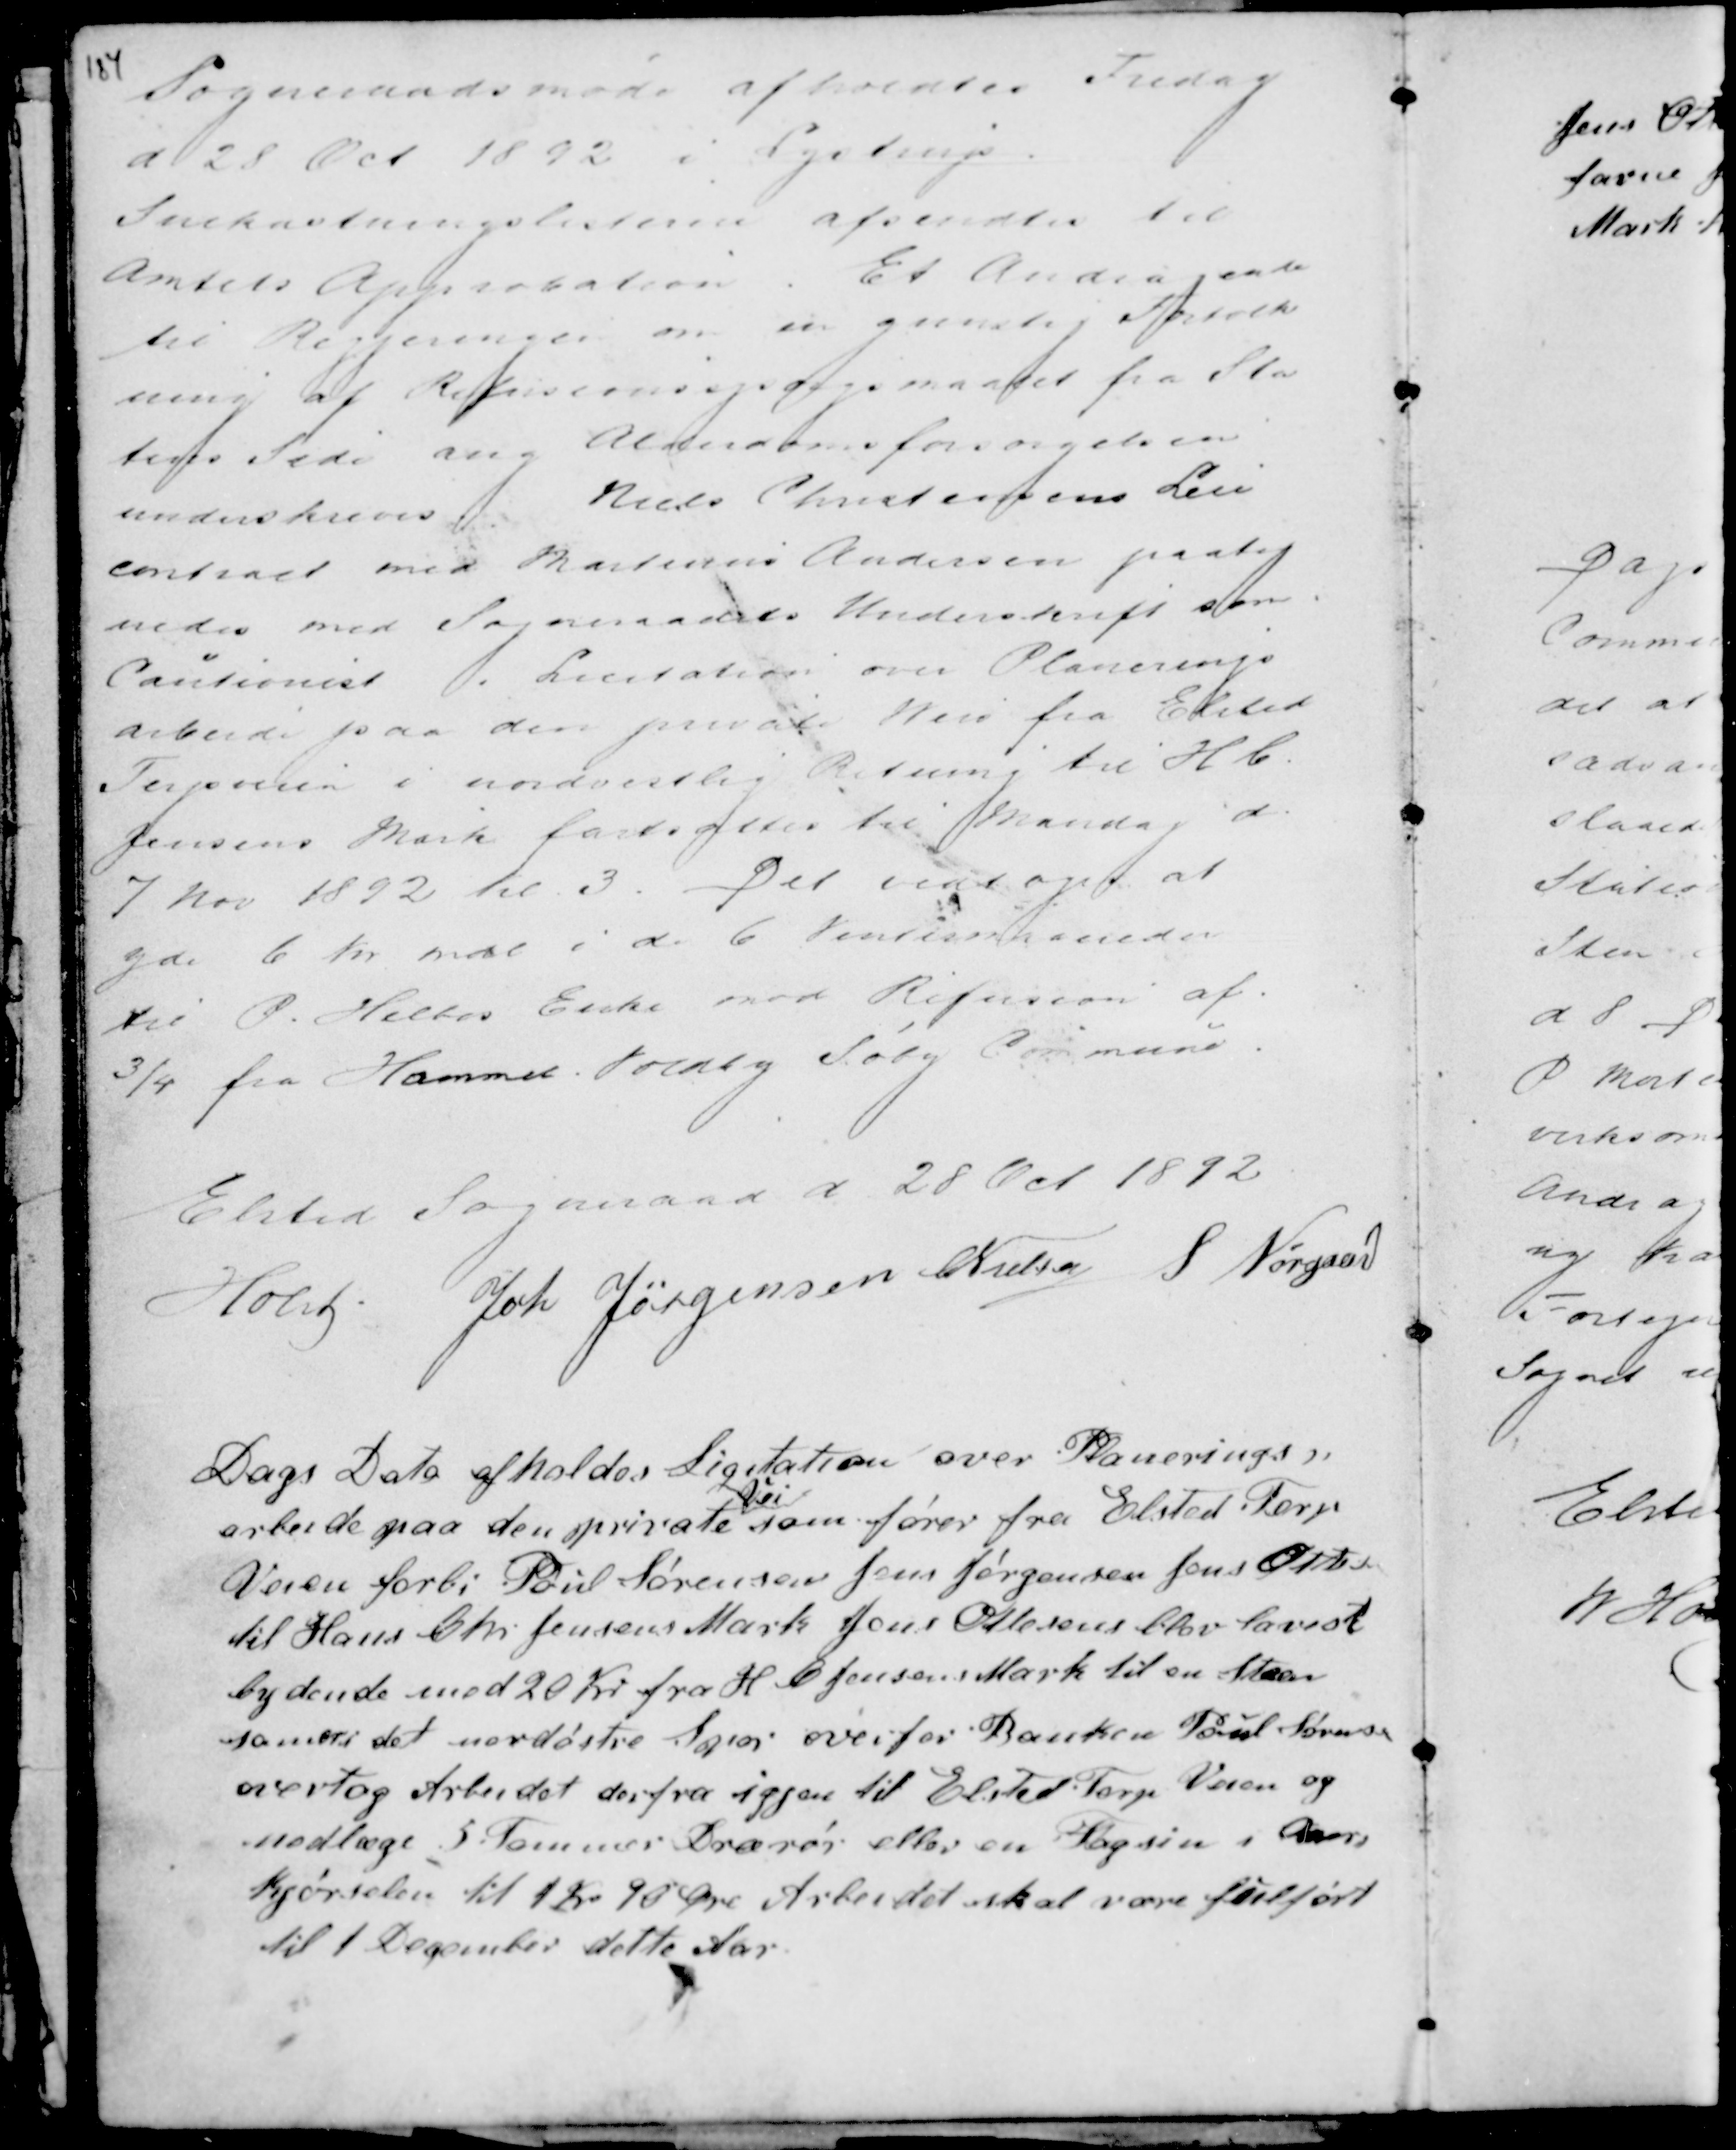
Transskription:
Sogneraadsmøde afholdtes Fredag
d 28 Oct 1892 i Lystrup.
Snekastningslisterne afsendtes til
Amtets Approbation. Et Andragende
til Regjeringen om en gunstig Fortolk
ning af Refusionsspørgsmaalet fra Sta
tens Side ang. Alderdomsforsørgelsen
underskreves. Niels Christensens Løn
contract med Matinus Andersen paateg
nedes med Sogneraadets Underskrift som
Cautionist . Licitation over Planerings
arbeide paa den private Vei fra Elsted
Terpveien i nordvestlig Retning til H C.
Jensens Mark fastsattes til Mandag d.
7 Nov 1892 Kl 3. Det vedtoges at
yde 6 Kr mdl i 6 Vintermaaneder
til P. Helbos Enke med Refusion af
¾ fra Hammel Voldby Søby Commune.

Elsted Sogneraad d 28 Oct 1892
Holst . Joh Jørgensen C Nielsen S Nørgaard

Dags Dato afholdtes Licitation over Planeringes
arbeide paa den private
Vei
som fører fra Elsted Terp
Veien forbi Poul Sørensen Jens Jørgensen Jens Ottesen
til Hans Chr Jensens Mark Jens Ottesen blev lavest
bydende mod 20 Kr fra H. C Jensens Mark til en Steen
sa..... i det nordøstre Spor overfor H C Jensens Mark Banken Poul Sørensen
overtog Arbeidet derfra igjen til Elsted Terp Veien og
nedlæge 5 Tommer Drænrør eller en Fagsin i Over
Kjørselen til 1 Kr 90 Øre Arbeidet skal være fuldført
til 1 December dette Aar.